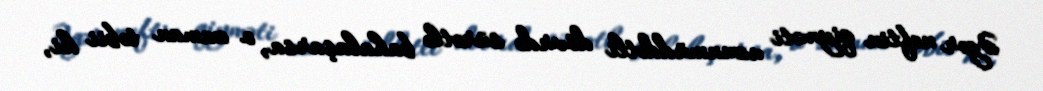
Əgər neftin qiyməti uzunmüddətli dövrdə sürətlə bahalaşarsa, o zaman təbii ki,